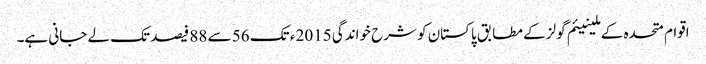
اقوام متحدہ کے ملینیئم گولز کے مطابق پاکستان کو شرح خواندگی 2015 ء تک 56 سے 88 فیصد تک لے جانی ہے۔